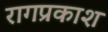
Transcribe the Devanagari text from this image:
रागप्रकाश